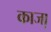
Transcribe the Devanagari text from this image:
काजा़